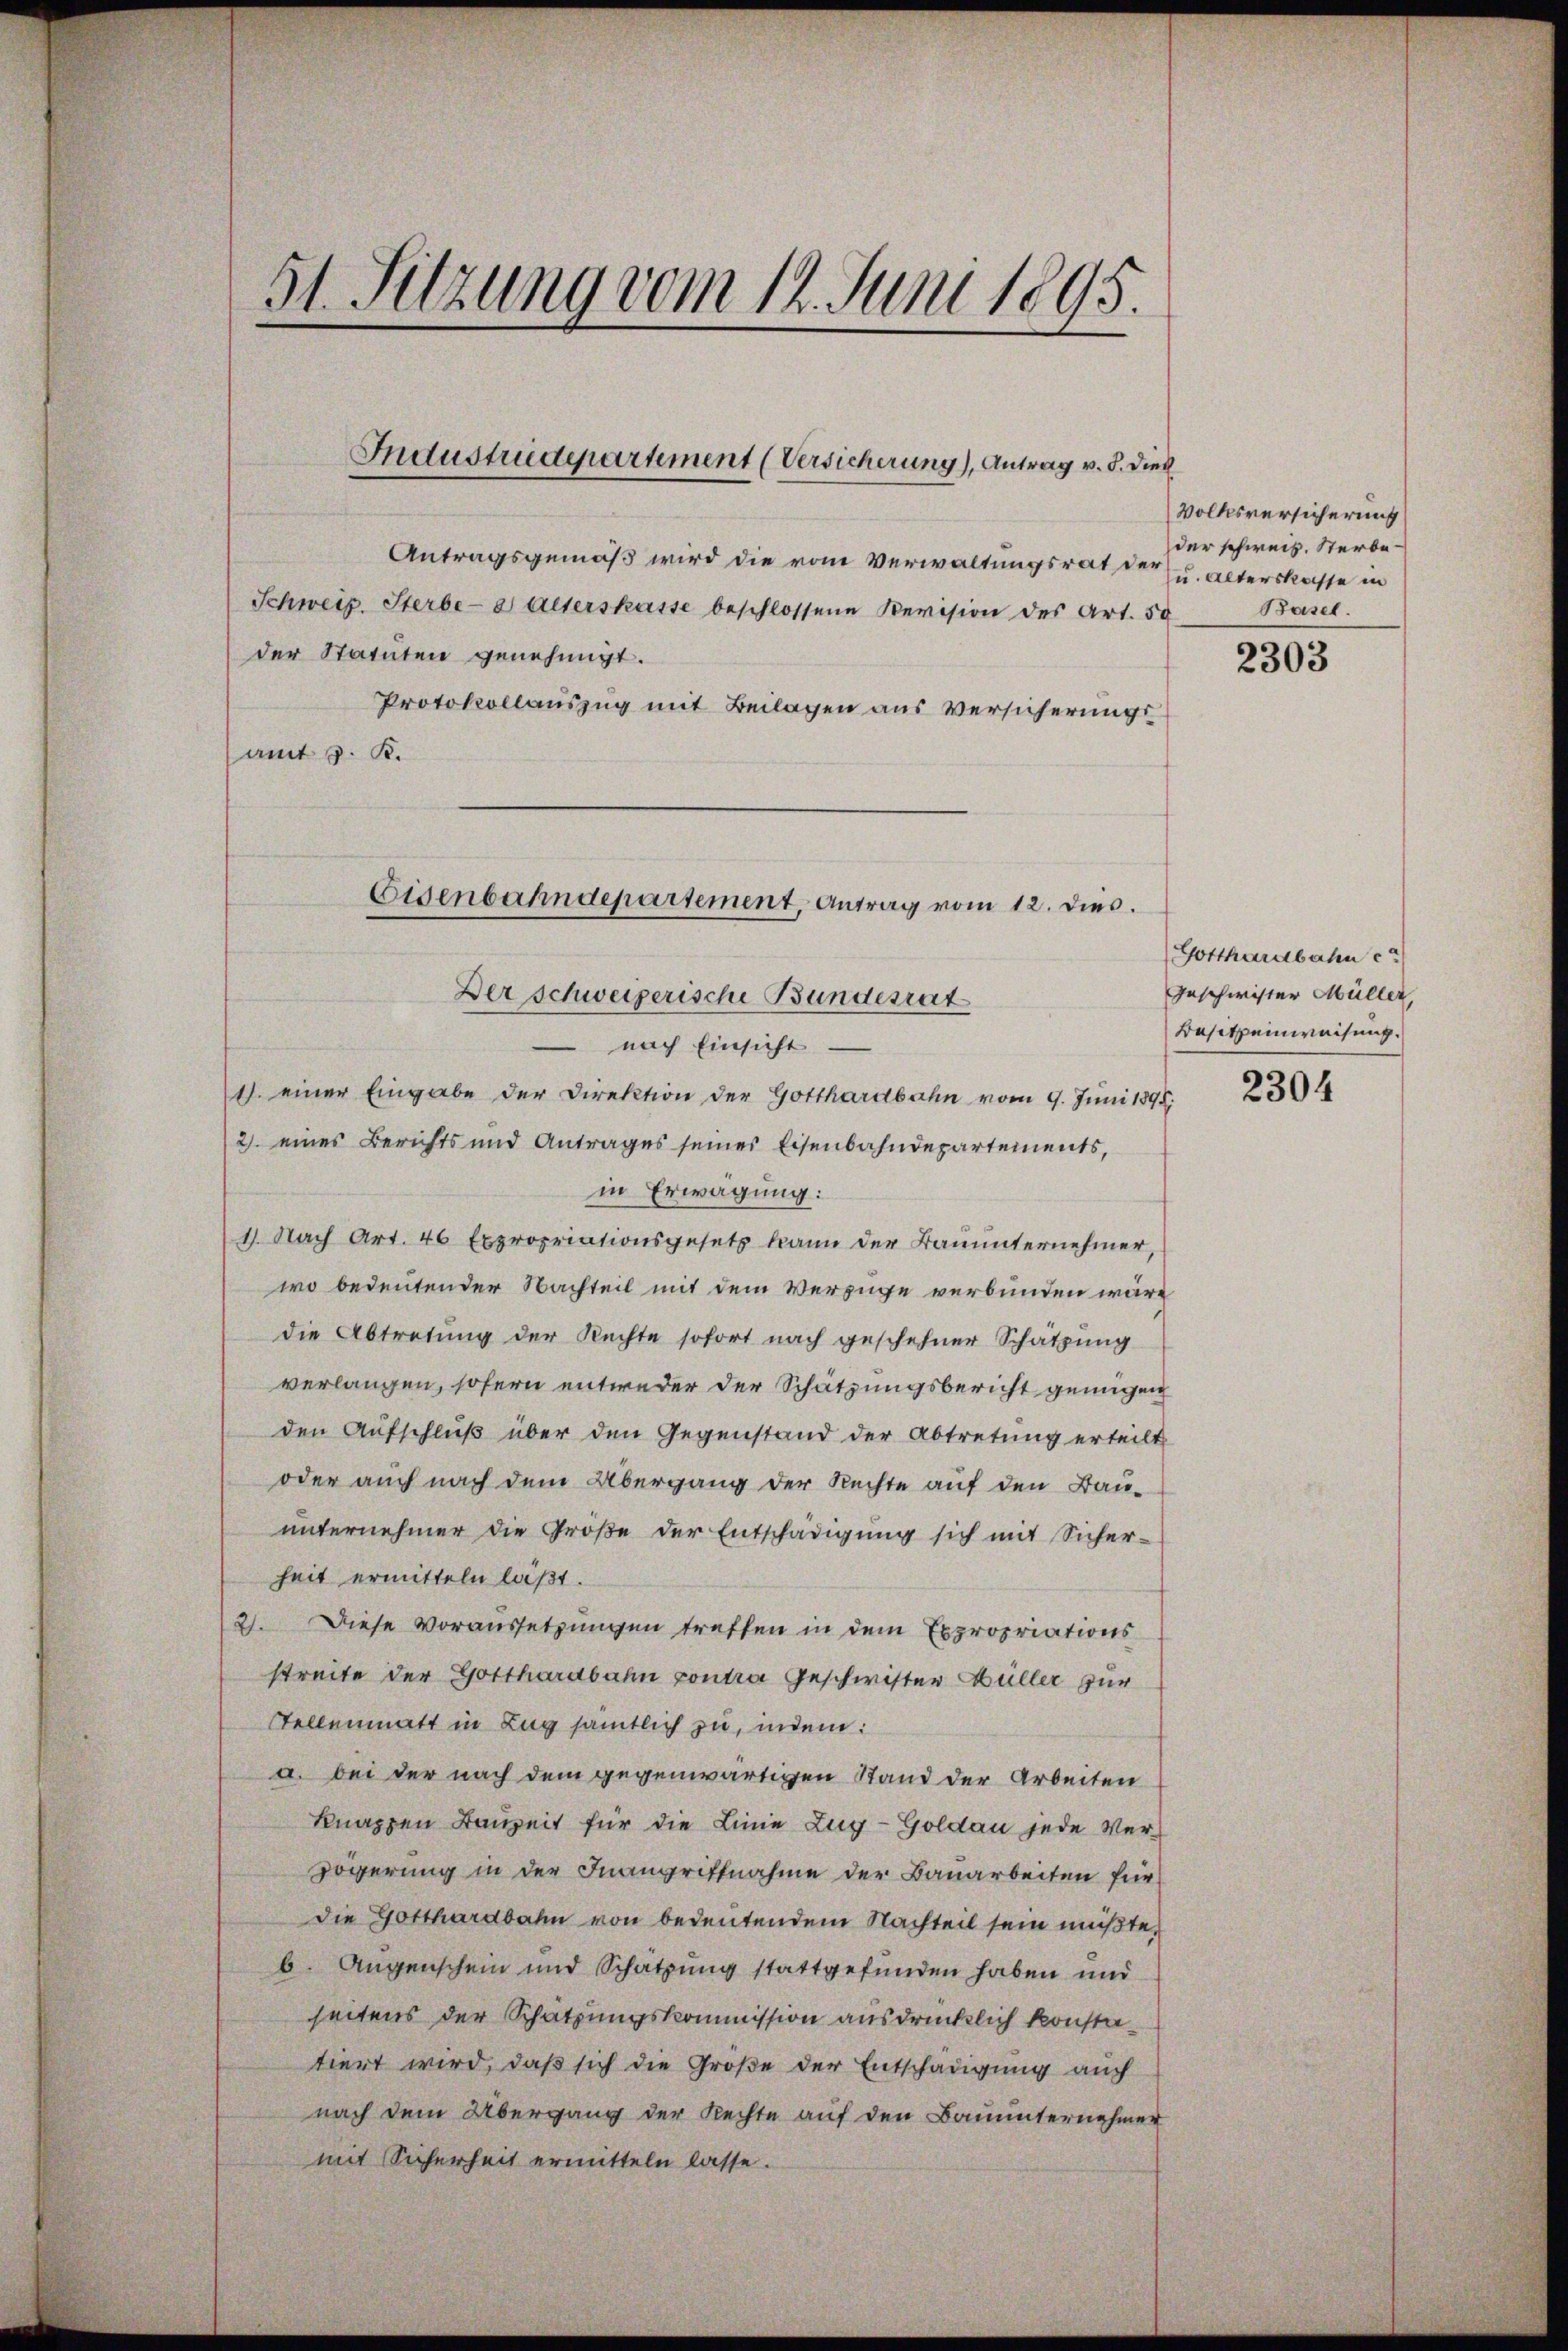
51. Sitzung vom 14. Juni 1895.

Industrudepartement (Versicherung), Antrag v. 8. dies

Antragsgemäß wird die vom Verwaltungsrat der
Schweiz. Sterbes alterskasse beschlossene Revision des Art. 50
der Statuten genehmigt.
Protokollauszug mit Beilagen aus Versicherungsamt 3. K.

Eisenbahndepartement, Antrag vom 12. dies.
Der Schweizerische Bundesrat

nach Einsicht
1. einer Eingabe der Direktion der Gotthardbahn vom 9. Juni 1898
2. eines Berichts und Antrages seines Eisenbahndepartements,
in Erwägung:
1. Nach Art. 46 Expropriationsgesetz kann der Bauunternehmer,
wo bedeutender Nachteil mit dem Verzüge verbunden wäre
die Abtretung der Rechte sofort nach geschehner Schatzung
verlangen, sofern entweder der Schätzungsbericht genügen
den Aufschluß über den Gegenstand der Abtretung erteilt
oder auch nach dem Übergang der Rechte auf den Bauunternehmer die Große der Entschädigung sich mit Sicher-
heit ermitteln läßt.
21. Diese Voraussetzungen treffen in dem Expropriations
streite der Gotthardbahn contra Geschwister Hüller zur
Stellenmatt in Zug sämtlich zu, indem:
a. bei der nach dem gegenwärtigen Stand der Arbeiten
knappen Bauzeit für die Linie Zug-Goldau jede Verzögerung in der Inangriffnahme der Bauarbeiten für
die Gotthardbahn von bedeutendem Nachteil sein müßte,
b. Augenschein und Schätzung stattgefunden haben und
seitens der Schatzungskommission ausdrücklich konstatiert wird, daß sich die Große der Entschädigung auch
nach dem Übergang der Rechte auf den Bauunternehmer
mit Sicherheit ermitteln lasse.

Volksversicherung
der schweiz. Sterbe
u. alterskasse in
Basel.

2303

Gotthardbahn c
Geschwister Müller
Besitzeinweisung.

2304